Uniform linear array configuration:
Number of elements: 16
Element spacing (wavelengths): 1
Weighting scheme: blackman
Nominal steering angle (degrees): -15
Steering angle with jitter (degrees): -13.096
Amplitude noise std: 0.05
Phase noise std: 0.05

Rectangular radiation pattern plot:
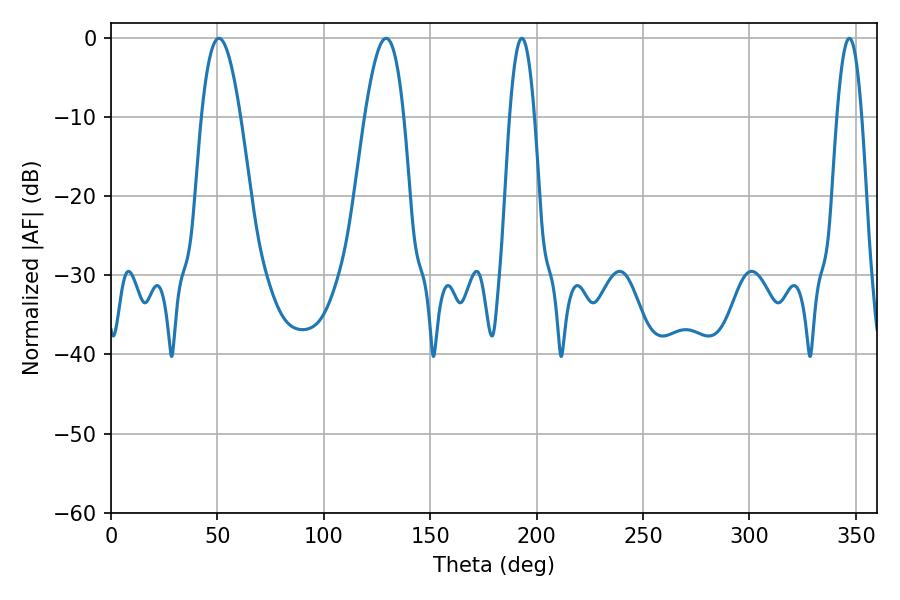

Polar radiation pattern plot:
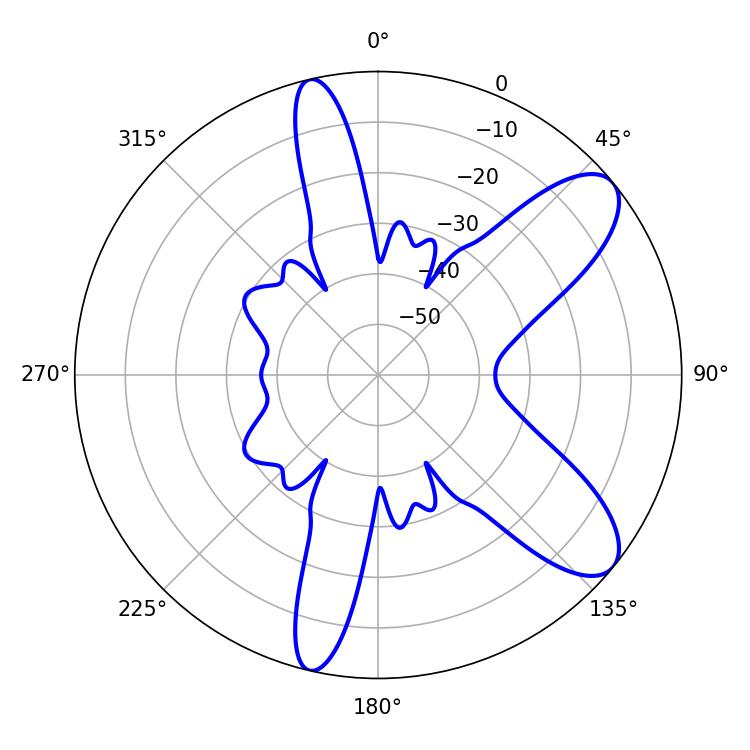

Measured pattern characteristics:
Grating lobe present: TRUE
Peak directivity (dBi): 9.218
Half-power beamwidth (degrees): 9.9
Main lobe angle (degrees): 50.76